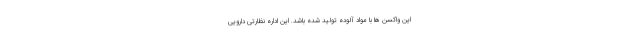
این واکسن ها با مواد آلوده تولید شده باشد. این اداره نظارتی دارویی